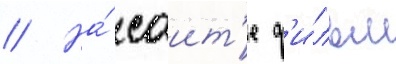
// На́ саит'е ф'и́льм